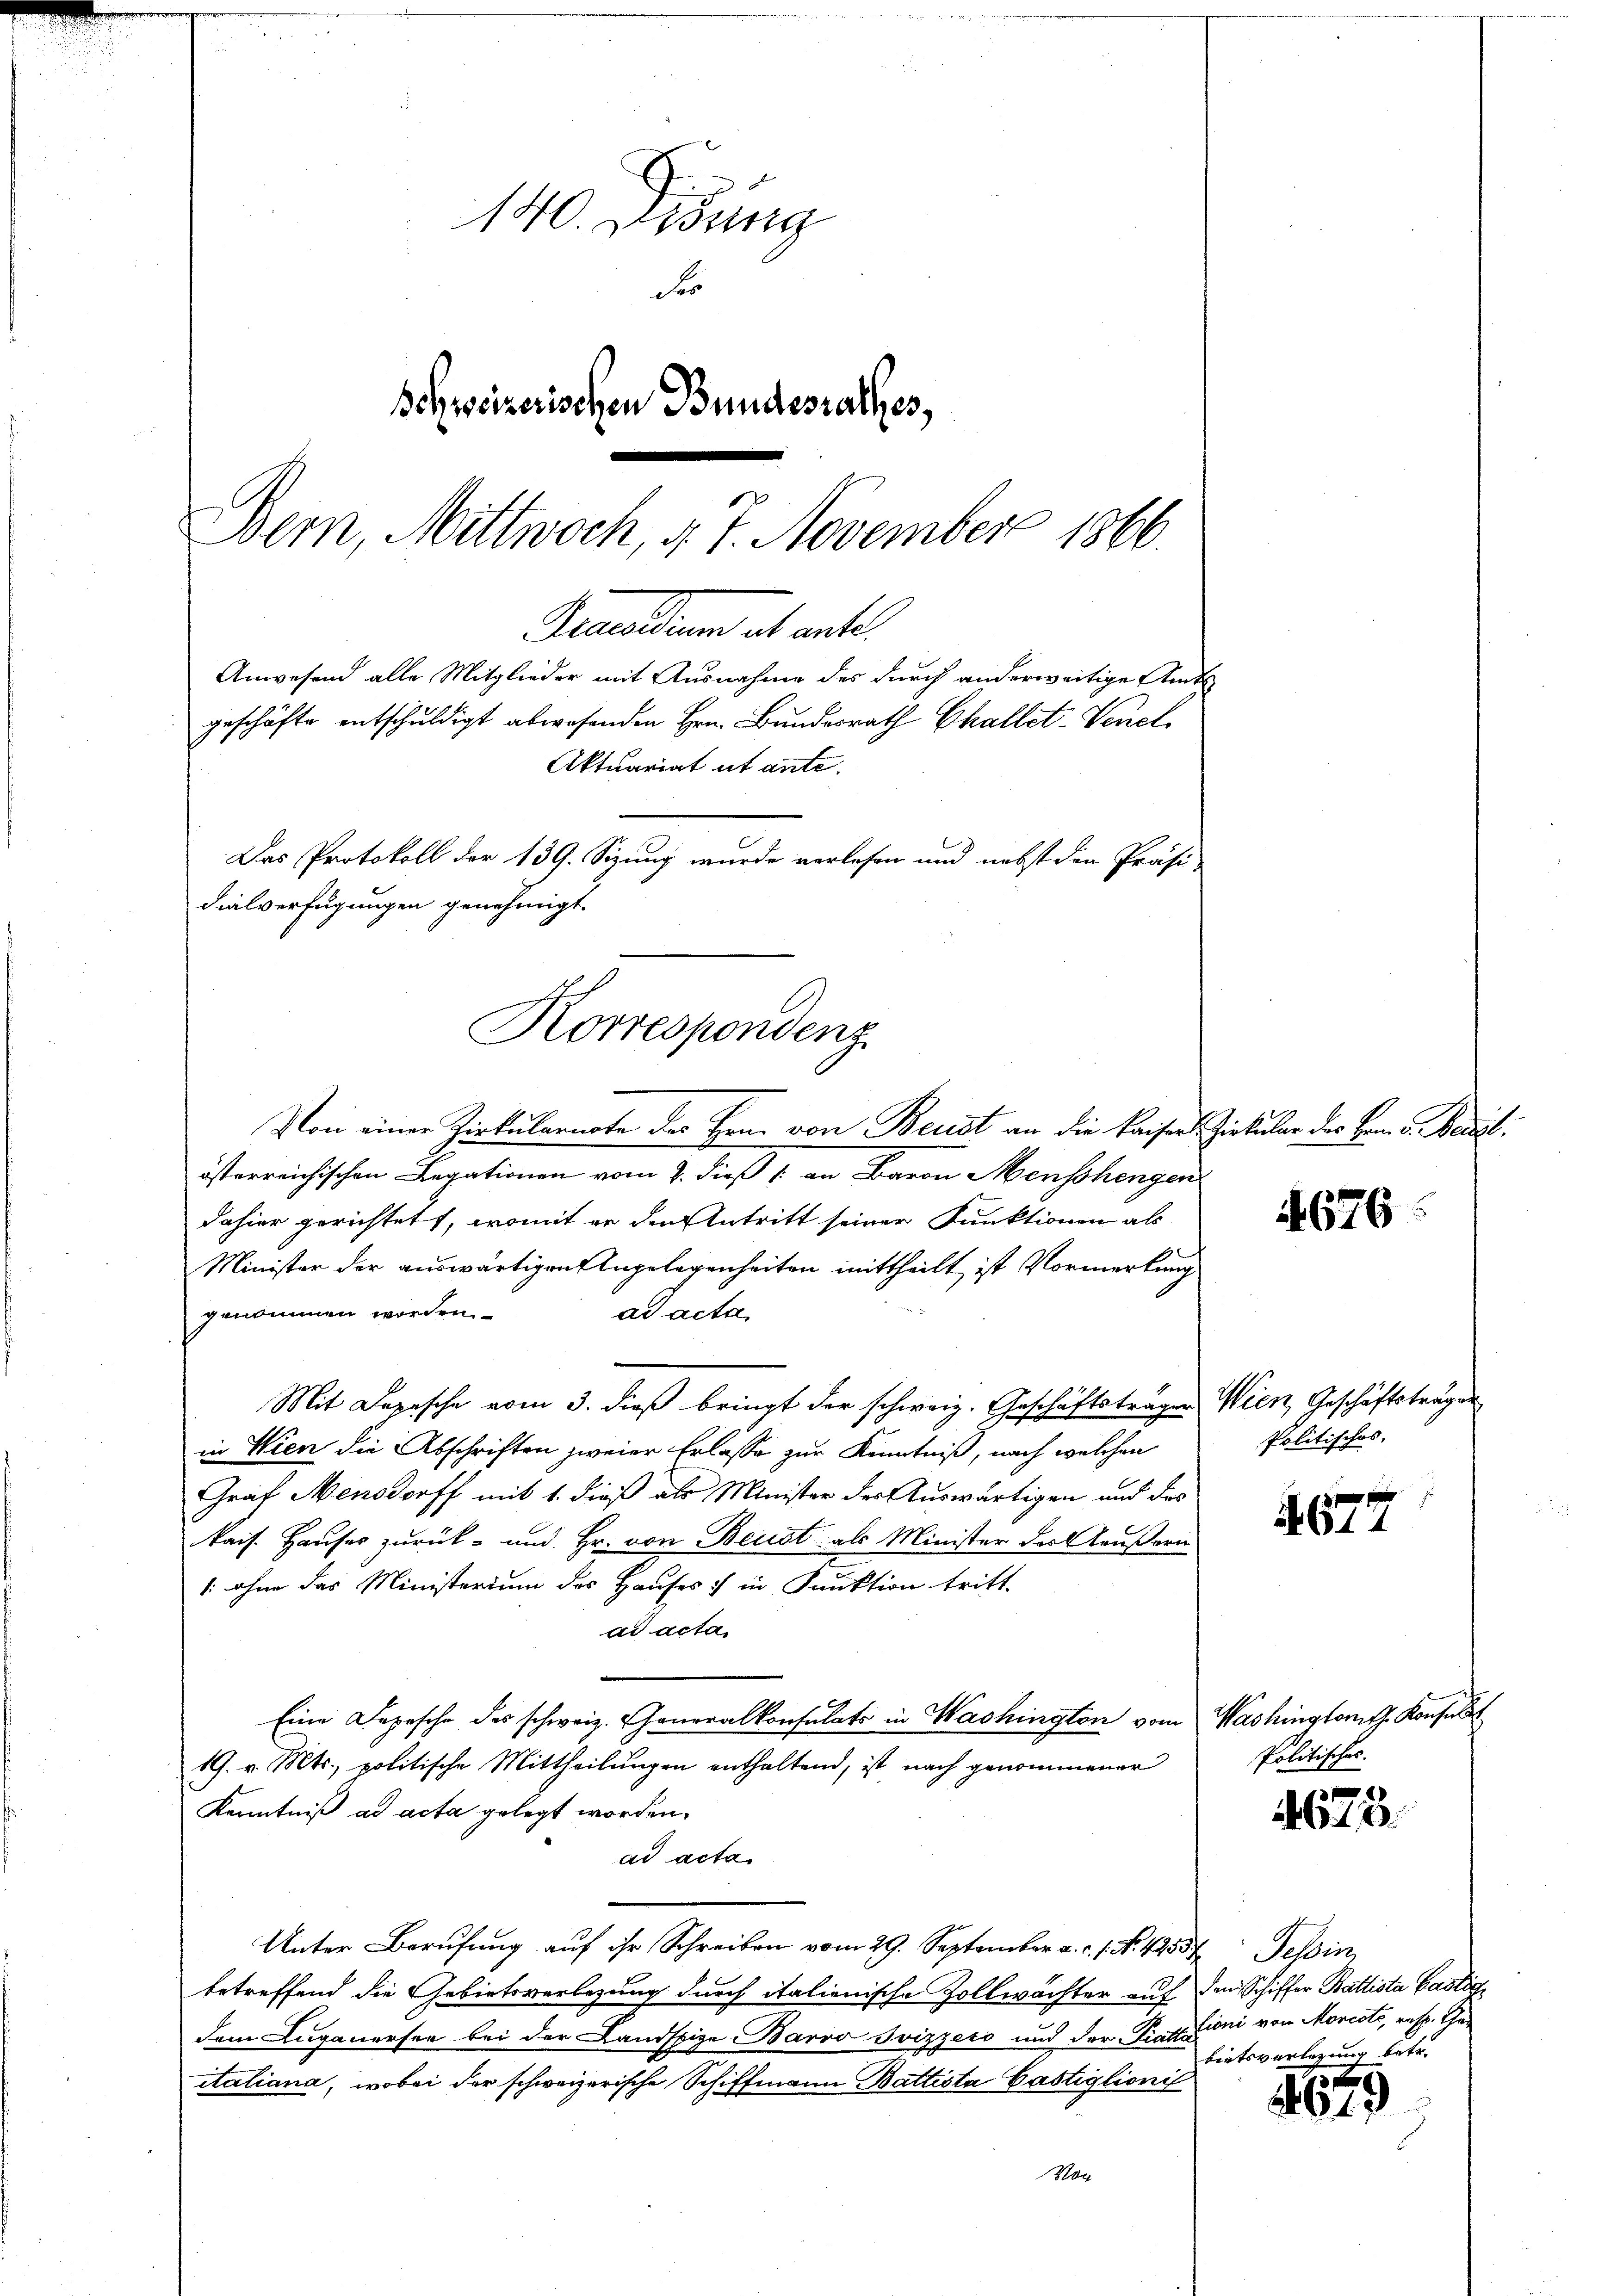
140. Didung
Fr
Schweizerischen Bundesrathes,
Bern, Mittwoch, d. 7. November 1866.

dialverfügungen genehmigt.
Korrespondenz

Von einer Zirkularnote der Hrn. von Beist an die Kaisers Zirkular des Hrn. v. Neut
österreichischen Legationen vom 2. dieß & an Baron Menschengen
dahier gerichtet, womit er den Antritt seiner Funktionen als
Minister der auswärtigen Angelegenheiten mittheilt ist Vormerkung
genommen worden.
ad acta
Mit Depesche vom 3. dieß bringt der schweiz. Geschäftsträgen Wien, Geschäftsträgen
in Wien die Abschriften zweier Erlasse zur Kenntniß, nach welchen
Graf Mensdorff mit 1. dieß als Minister der Auswärtigen und des
kais. Hauses zurück- und Hr. von Beist als Minister der äußern
1: ohne das Ministerium des Hauses :/ in Funktion tritt.
ad acta
Eine Depesche des schweiz. Generalkonsulats in Washington vom Washingtont. Konsul
19. v. Mts., politische Mittheilungen enthaltend, ist nach genommener
Kenntniß ad acta gelegt worden.
ad acta
Unter Berufung auf ihr Schreiben vom 29. September a. c. 1. No. 42557. Tessin,
betreffend die Gebietsverlegung durch italienische Zollwächter auf den Schiffer Battista Gastig
dem Luganersee bei der Landspige Barro Svizzero und der Pratzioni von Morcote, resp. Geitaliana, wobei der schweizerische Schiffmann Battista Cästiglionis
Von

emeldung alt ant
Anwesend alle Mitglieder mit Ausnahme des durch anderweitige Amts
geschäfte entschuldigt abwesenden Hrn. Bundesrath Challet-Venet
Aktuariat ut ante.
Das Protokoll der 139. Sizung wurde verlesen und nebst den Präsi-

676

Politisches.

677

Politisches.

4673.

bietsverlegung betr.

2
619